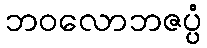
ဘဝလောဘဇပ္ပံ